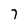
Character: 7